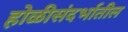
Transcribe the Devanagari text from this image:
होळीसंदर्भातील